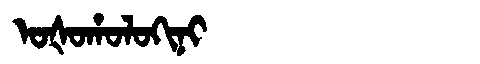
Manchu: ᠣᡧᠣᡥᠣᠯᠣᡴᡳᠨᡳ
Romanization: OŠOHOLOKINI